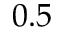
0 . 5